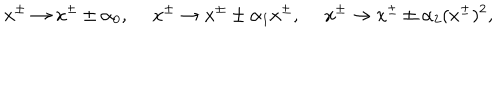
LaTeX: x ^ { \pm } \rightarrow x ^ { \pm } \pm \alpha _ { 0 } , ~ ~ x ^ { \pm } \rightarrow x ^ { \pm } \pm \alpha _ { 1 } x ^ { \pm } , ~ ~ x ^ { \pm } \rightarrow x ^ { \pm } \pm \alpha _ { 2 } ( x ^ { \pm } ) ^ { 2 } ,